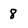
Character: 8